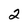
Character: 2